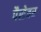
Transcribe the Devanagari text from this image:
पैसेवर